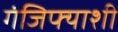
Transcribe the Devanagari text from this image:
गंजिफ्याशी